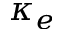
\kappa _ { e }